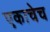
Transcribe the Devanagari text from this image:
एकाचेच